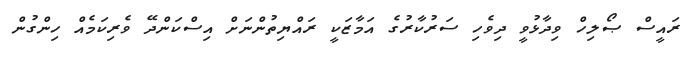
ރައީސް ޞޯލިހް ވިދާޅުވީ ދިވެހި ސަރުކާރުގެ އަމާޒަކީ ރައްޔިތުންނަށް އިސްކަންދޭ ވެރިކަމެއް ހިންގުން